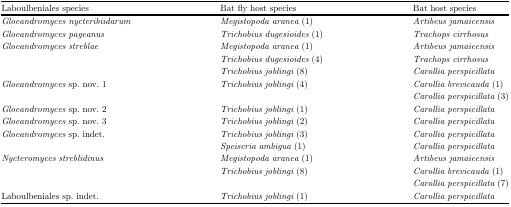
<table><thead><tr><td><b>Laboulbeniales species</b></td><td><b>Bat fly host species</b></td><td><b>Bat host species</b></td></tr></thead><tbody><tr><td><i>Gloeandromyces nycteribiidarum</i></td><td><i>Megistopoda aranea</i> (1)</td><td><i>Artibeus jamaicensis</i></td></tr><tr><td><i>Gloeandromyces pageanus</i></td><td><i>Trichobius dugesioides</i> (1)</td><td><i>Trachops cirrhosus</i></td></tr><tr><td><i>Gloeandromyces streblae</i></td><td><i>Megistopoda aranea</i> (1)</td><td><i>Artibeus jamaicensis</i></td></tr><tr><td> </td><td><i>Trichobius dugesioides</i> (4)</td><td><i>Trachops cirrhosus</i></td></tr><tr><td> </td><td><i>Trichobius joblingi</i> (8)</td><td><i>Carollia perspicillata</i></td></tr><tr><td><i>Gloeandromyces</i> sp. nov. 1</td><td><i>Trichobius joblingi</i> (4)</td><td><i>Carollia brevicauda</i> (1)</td></tr><tr><td> </td><td> </td><td><i>Carollia perspicillata</i> (3)</td></tr><tr><td><i>Gloeandromyces</i> sp. nov. 2</td><td><i>Trichobius joblingi</i> (1)</td><td><i>Carollia perspicillata</i></td></tr><tr><td><i>Gloeandromyces</i> sp. nov. 3</td><td><i>Trichobius joblingi</i> (2)</td><td><i>Carollia perspicillata</i></td></tr><tr><td><i>Gloeandromyces</i> sp. indet.</td><td><i>Trichobius joblingi</i> (3)</td><td><i>Carollia perspicillata</i></td></tr><tr><td> </td><td><i>Speiseria ambigua</i> (1)</td><td><i>Carollia perspicillata</i></td></tr><tr><td><i>Nycteromyces streblidinus</i></td><td><i>Megistopoda aranea</i> (1)</td><td><i>Artibeus jamaicensis</i></td></tr><tr><td> </td><td><i>Trichobius joblingi</i> (8)</td><td><i>Carollia brevicauda</i> (1)</td></tr><tr><td> </td><td> </td><td><i>Carollia perspicillata</i> (7)</td></tr><tr><td>Laboulbeniales sp. indet.</td><td><i>Trichobius joblingi</i> (1)</td><td><i>Carollia perspicillata</i></td></tr></tbody></table>